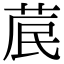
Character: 𮏁